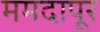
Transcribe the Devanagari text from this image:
ममदापूर